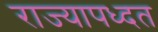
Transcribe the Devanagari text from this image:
राज्यापध्दत